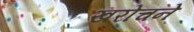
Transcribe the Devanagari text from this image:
खरोचने